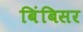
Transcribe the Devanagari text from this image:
बिंबिसर